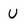
Character: U